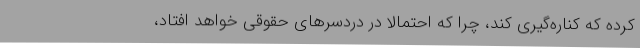
کرده که کناره‌گیری کند، چرا که احتمالاً در دردسرهای حقوقی خواهد افتاد،